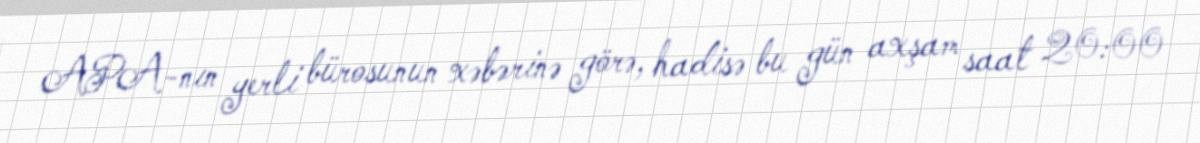
APA-nın yerli bürosunun xəbərinə görə, hadisə bu gün axşam saat 20:00